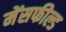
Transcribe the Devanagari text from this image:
मेंसफील्ड